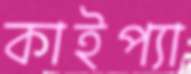
কাইপ্যা